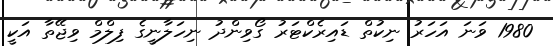
1980 ވަނަ އަހަރު ނިކުތް ޑައިރެކްޓަރު ގޯވިންދު ނިހަލާނީގެ ފިލްމް ވިޖޭތާ އަކީ